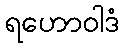
ရဟောဝါဒံ